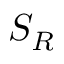
S _ { R }